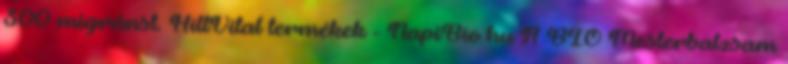
300 migránst. HillVital termékek - NapiBio.hu A BIO Mesterbalzsam